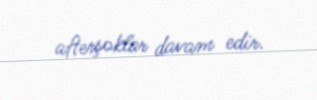
afterşoklar davam edir.